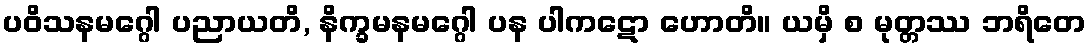
ပဝိသနမဂ္ဂေါ ပညာယတိ, နိက္ခမနမဂ္ဂေါ ပန ပါကဋော ဟောတိ။ ယမှိ စ မုတ္တဿ ဘရိတေ